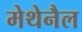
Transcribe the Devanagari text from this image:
मेथेनैल